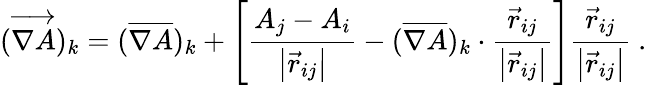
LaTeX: (\overrightarrow{\nabla A})_{k}=(\overline{{\nabla A}})_{k}+\left[\frac{A_{j}-A_{i}}{\left|\vec{r}_{ij}\right|}-(\overline{{\nabla A}})_{k}\cdot\frac{\vec{r}_{ij}}{\left|\vec{r}_{ij}\right|}\right]\frac{\vec{r}_{ij}}{\left|\vec{r}_{ij}\right|}\mathrm{~.~}